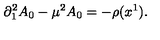
\partial _ { 1 } ^ { 2 } A _ { 0 } - \mu ^ { 2 } A _ { 0 } = - \rho ( x ^ { 1 } ) .